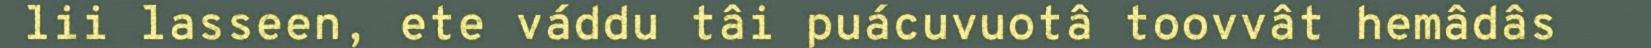
lii lasseen, ete váddu tâi puácuvuotâ toovvât hemâdâs